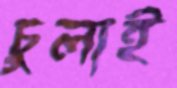
চুলাই